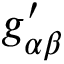
g _ { \alpha \beta } ^ { \prime }